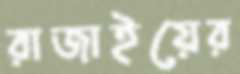
রাজাইয়ের